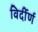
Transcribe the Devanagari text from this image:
विर्दीर्ण